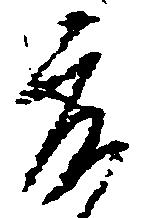
床